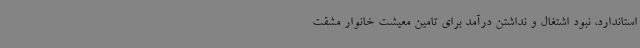
استاندارد، نبود اشتغال و نداشتن درآمد برای تامین معیشت خانوار مشقت